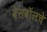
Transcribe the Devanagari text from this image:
बेसबॉलचे